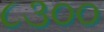
૮૩૦૦